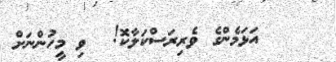
އަޅަމެންގެ ވެރިރަސްކަލާކޮ!  ވި މީހުންނަށް